Annual vaccination report of Bihar and Orissa - 1911-1928
Year: 1911
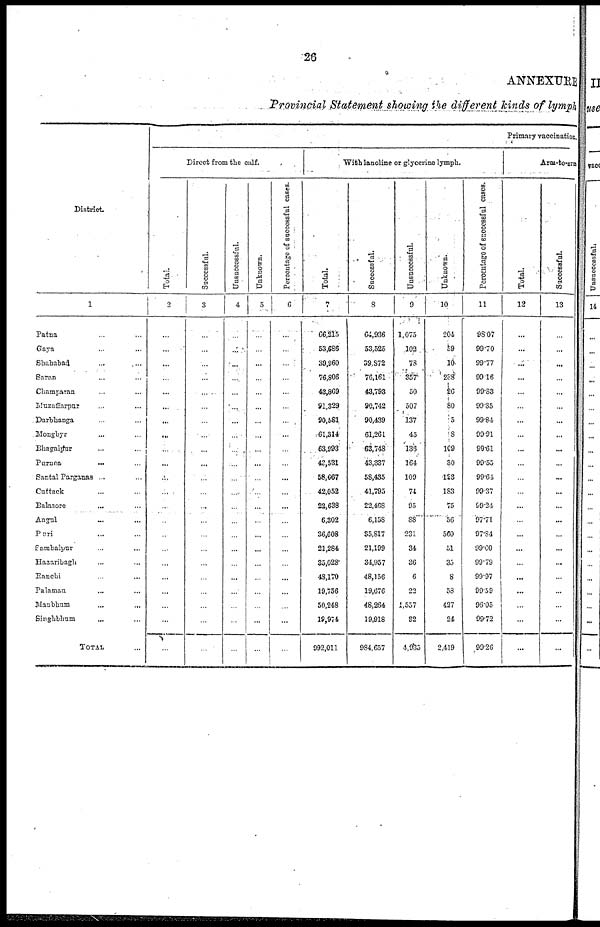
26
ANNEXURE
Provincial Statement showing the different kinds of lymph
District.
1
Patna ... ...
Gaya ... ...
Shahabad ... ...
Saran ... ...
Champaran ... ...
Muzaffarpur ... ...
Darbhanga ... ...
Mongbyr ... ...
Bhagalpur ... ...
Purnea
...
...
Santal Parganas ...
Cattack ... ...
Balasore ... ...
Angul ... ...
Puri ... ...
Sambalypur ... ...
Hazaribagh ... ...
Panchi ... ...
Palamau ... ...
Manbhum ... ...
Singhbhum ... ...
TOTAL ...
Direct from the calf.
Total.
2
...
...
...
...
...
...
...
...
...
...
...
...
...
...
...
...
...
...
...
...
...
...
Successful.
3
...
...
...
...
...
...
...
...
...
...
...
...
...
...
...
...
...
...
...
...
...
...
Unsuccessful.
4
...
...
...
...
...
...
...
...
...
...
...
...
...
...
...
...
...
...
...
...
...
...
Unkuown.
5
...
...
...
...
...
...
...
...
...
...
...
...
...
...
...
...
...
...
...
...
...
...
Percentage of successful cases.
6
...
...
...
...
...
...
...
...
...
...
...
...
...
...
...
...
...
...
...
...
...
...
With lanoline or glycerine lymph.
Total.
7
66,215
53,686
39,960
76,806
43,869
91,329
90,581
61,314
63,993
43,531
58,667
42,052
22,638
6,302
36,608
21,284
35,028
43,170
19,756
50,248
19,974
992,011
Successful.
8
64,936
53,525
39,872
76,161
43,793
90,742
90,439
61,261
63,748
43,337
58,435
41,795
22,408
6,158
85,817
21,199
34,957
48,156
19,676
48,264
19,918
984,657
Unsuccessful.
9
1,075
102
73
357
50
507
137
45
136
164
109
74
95
88
231
34
36
6
22
1,557
82
4,935
Unknown.
10
204
59
10
288
26
80
5
8
109
30
123
183
75
56
560
51
35
8
53
427
24
2,419
Percentage of successful cases.
11
98.07
99.70
99.77
99.16
99.83
99.35
99.84
99.91
99.61
99.55
99.64
99.37
99.24
97.71
97.84
99.00
99.79
99.97
99.59
96.05
99.72
99.26
Primary vaccination
Arm-to-arm
Total.
12
...
...
...
...
...
...
...
...
...
...
...
...
...
...
...
...
...
...
...
...
...
...
Successful.
13
...
...
...
...
...
...
...
...
...
...
...
...
...
...
...
...
...
...
...
...
...
...